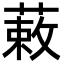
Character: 䔩